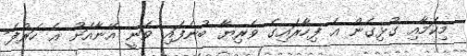
މިކަމާއި ގުޅިގެން އެ ފިހާރައިގެ ވެރިޔާ ބުނެފައި ވަނީ އޭނާއަށް އެ ހަރުފަ